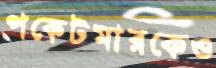
পকেটমারকেও